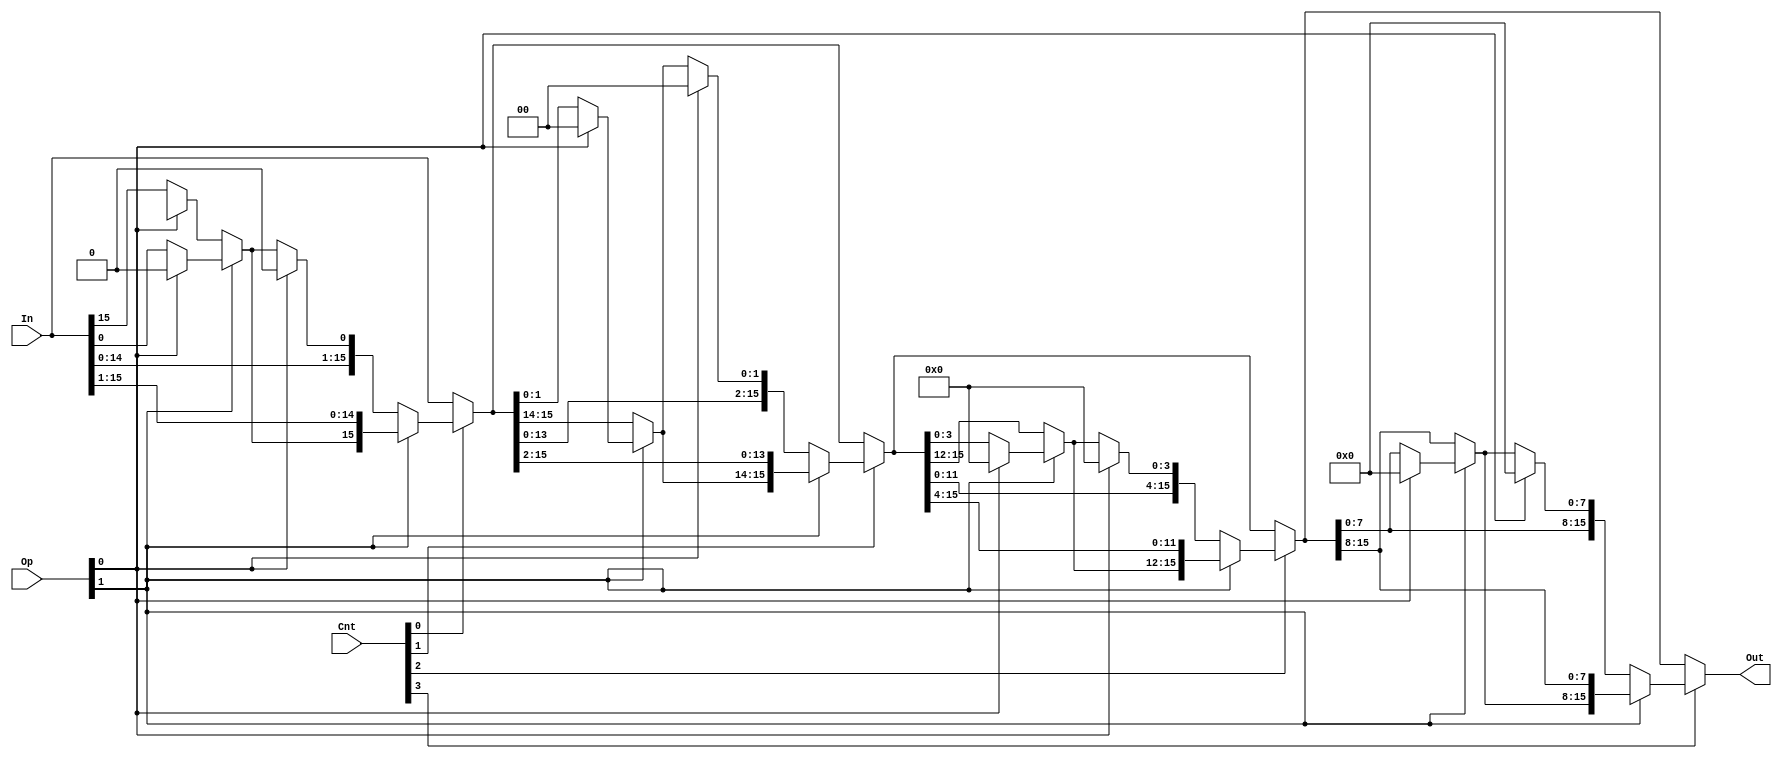
/*
    CS/ECE 552 Spring '20
    Homework #2, Problem 1
    
    A barrel shifter module.  It is designed to shift a number via rotate
    left, shift left, shift right arithmetic, or shift right logical based
    on the Op() value that is passed in (2 bit number).  It uses these
    shifts to shift the value any number of bits between 0 and 15 bits.
 */
module shifter (In, Cnt, Op, Out);

   // declare constant for size of inputs, outputs (N) and # bits to shift (C)
   parameter   N = 16;
   parameter   C = 4;
   parameter   O = 2;

   input [N-1:0]   In;
   input [C-1:0]   Cnt;
   input [O-1:0]   Op;
   output [N-1:0]  Out;

   /* YOUR CODE HERE */
   
   wire left, shift_mode;
   assign left = ~Op[1];
   assign shift_mode = Op[0];

   wire[15:0] Out_1;
   wire extra_left_1; // extra mux at left end
   assign extra_left_1 = left ? (shift_mode ? (1'bx) : (In[15])) : (shift_mode ? (1'b0) : (In[0]));
   assign Out_1 = Cnt[0] ? (left ? (shift_mode ? ({In[14:0],1'b0}) : ({In[14:0],extra_left_1}) ) : (shift_mode ? ({extra_left_1,In[15:1]}) : ({extra_left_1,In[15:1]}))) : (In);
                                                   //01: shift left  //00: rotate left                            //11: right logical     //10: right arith -> rotate right
   wire[15:0] Out_2;
   wire[1:0] extra_left_2; // extra mux at left end
   assign extra_left_2 = left ? (shift_mode ? (2'bx) : (Out_1[15:14])) : (shift_mode ? (2'b0) : (Out_1[1:0]));
   assign Out_2 = Cnt[1] ? (left ? (shift_mode ? ({Out_1[13:0],{2{1'b0}}}) : ({Out_1[13:0],extra_left_2}) ) : (shift_mode ? ({extra_left_2,Out_1[15:2]}) : ({extra_left_2,Out_1[15:2]}))) : (Out_1);

   wire[15:0] Out_4;
   wire[3:0] extra_left_4; // extra mux at left end
   assign extra_left_4 = left ? (shift_mode ? ({4{1'bx}}) : (Out_2[15:12])) : (shift_mode ? ({4{1'b0}}) : (Out_2[3:0]));
   assign Out_4 = Cnt[2] ? (left ? (shift_mode ? ({Out_2[11:0],{4{1'b0}}}) : ({Out_2[11:0],extra_left_4}) ) : (shift_mode ? ({extra_left_4,Out_2[15:4]}) : ({extra_left_4,Out_2[15:4]}))) : (Out_2);

   wire[15:0] Out_8;
   wire[7:0] extra_left_8; // extra mux at left end
   assign extra_left_8 = left ? (shift_mode ? ({8{1'bx}}) : (Out_4[15:8])) : (shift_mode ? ({8{1'b0}}) : (Out_4[7:0]));
   assign Out_8 = Cnt[3] ? (left ? (shift_mode ? ({Out_4[7:0],{8{1'b0}}}) : ({Out_4[7:0],extra_left_8}) ) : (shift_mode ? ({extra_left_8,Out_4[15:8]}) : ({extra_left_8,Out_4[15:8]}))) : (Out_4);

   assign Out = Out_8;
endmodule